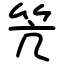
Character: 笐